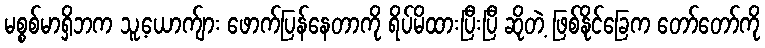
မစ္စစ်မာရှိဘက သူ့ယောက်ျား ဖောက်ပြန်နေတာကို ရိပ်မိထားပြီးပြီ ဆိုတဲ့ ဖြစ်နိုင်ခြေက တော်တော်ကို